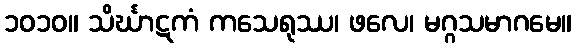
၁၀၁၀။ သိင်္ဃာဋကံ ကသေရုဿ၊ ဖလေ၊ မဂ္ဂသမာဂမေ။